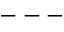
---